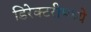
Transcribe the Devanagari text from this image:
डिरेक्टरीमध्ये